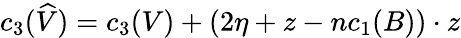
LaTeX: c_{3}(\widehat{V})=c_{3}(V)+(2\eta+z-nc_{1}(B))\cdot z